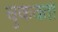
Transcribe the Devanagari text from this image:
चुकवता